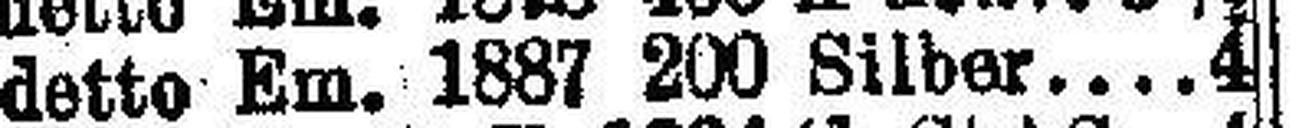
detto Em. 1887 200 Silber 4